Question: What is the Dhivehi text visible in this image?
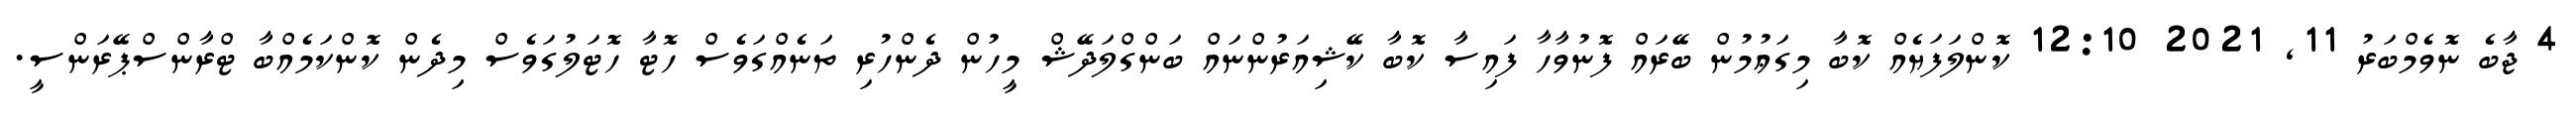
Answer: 4 ޖާބެ ނޮވެމްބަރު 11, 2021 12:10 ކޮންލަފަޔެއް ކޮބާ މިގަޢުމުން ބޭރައް ފޮނުވާހާ ފައިސާ ކޮބާ ކޭޝިއަރުންނައް ބަންގްލަދޭޝް މީހުން ދެންހުރި ތަނެއްގަވެސް ހޮޓާ ހޮޓަލުގަވެސް މިދެން ކޮންކަމެއްބާ ޓްރާންސްޕޭރަންސީ.